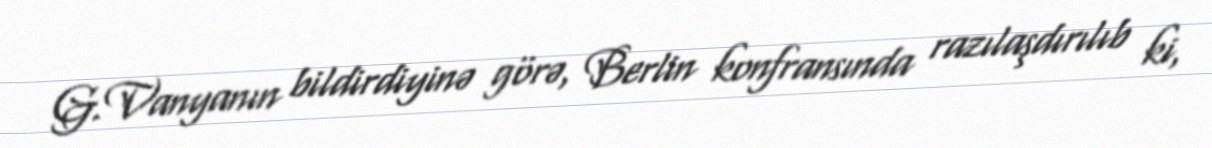
G.Vanyanın bildirdiyinə görə, Berlin konfransında razılaşdırılıb ki,